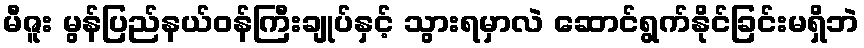
မီဇူး မွန်ပြည်နယ်ဝန်ကြီးချုပ်နှင့် သွားရမှာလဲ ဆောင်ရွက်နိုင်ခြင်းမရှိဘဲ